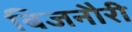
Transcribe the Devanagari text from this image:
बिजनौरी